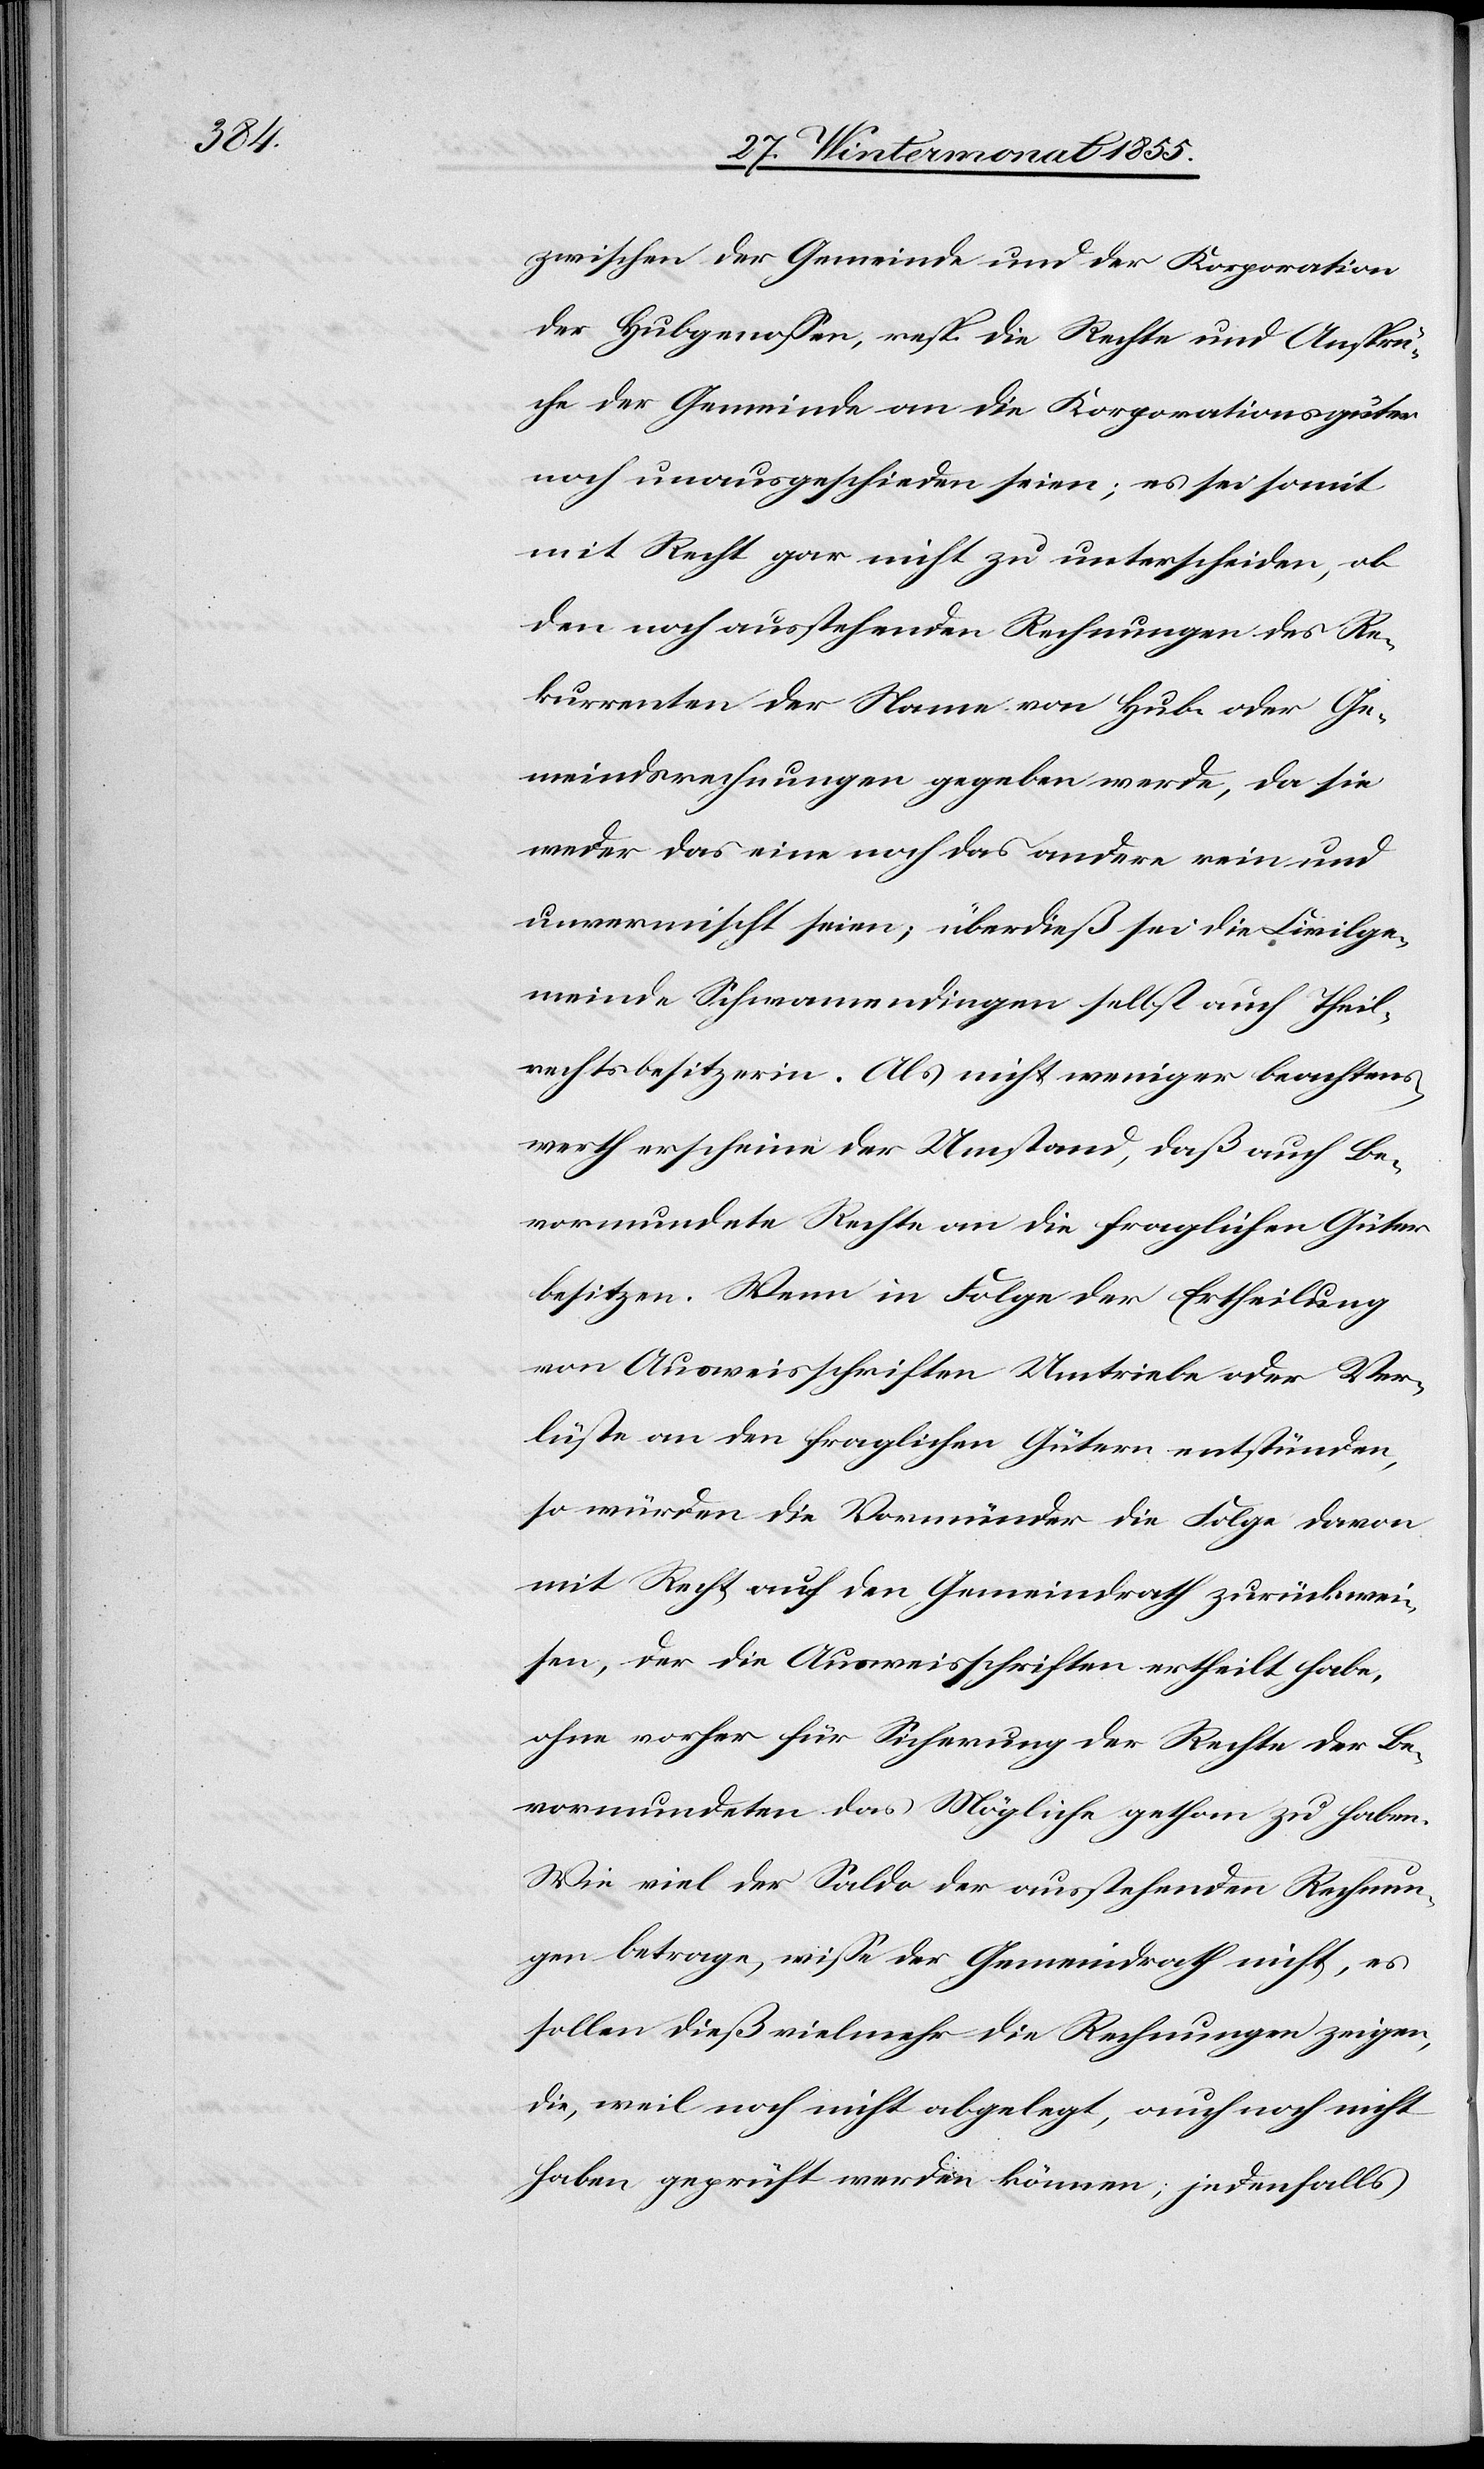
zwischen der Gemeinde und der Korporation
der Hubgenossen, resp. die Rechte und Ansprü¬
che der Gemeinde an die Korporationsgüter
noch unausgeschieden seien; es sei somit
mit Recht gar nicht zu unterscheiden, ob
den noch ausstehenden Rechnungen des Re¬
kurrenten der Name von Hub- oder Ge¬
meindsrechnungen gegeben werde, da sie
weder das eine noch das andere rein und
unvermischt seien; überdieß sei die Civilge¬
meinde Schwamendingen selbst auch Theil¬
rechtsbesitzerin. Als nicht weniger beachtens¬
werth erscheine der Umstand, daß auch Be¬
vormundete Rechte an die fraglichen Güter
besitzen. Wenn in Folge der Ertheilung
von Ausweisschriften Umtriebe oder Ver¬
lüste an den fraglichen Gütern entstünden,
so würden die Vormünder die Folge davon
mit Recht auf den Gemeindrath zurückwei¬
sen, der die Ausweisschriften ertheilt habe,
ohne vorher für Sicherung der Rechte der Be¬
vormundeten das Mögliche gethan zu haben.
Wie viel der Saldo der ausstehenden Rechnun¬
gen betrage, wisse der Gemeindrath nicht, es
sollen dieß vielmehr die Rechnungen zeigen,
die, weil noch nicht abgelegt, auch noch nicht
haben geprüft werden können; jedenfalls